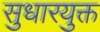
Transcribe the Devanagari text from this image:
सुधारयुक्त